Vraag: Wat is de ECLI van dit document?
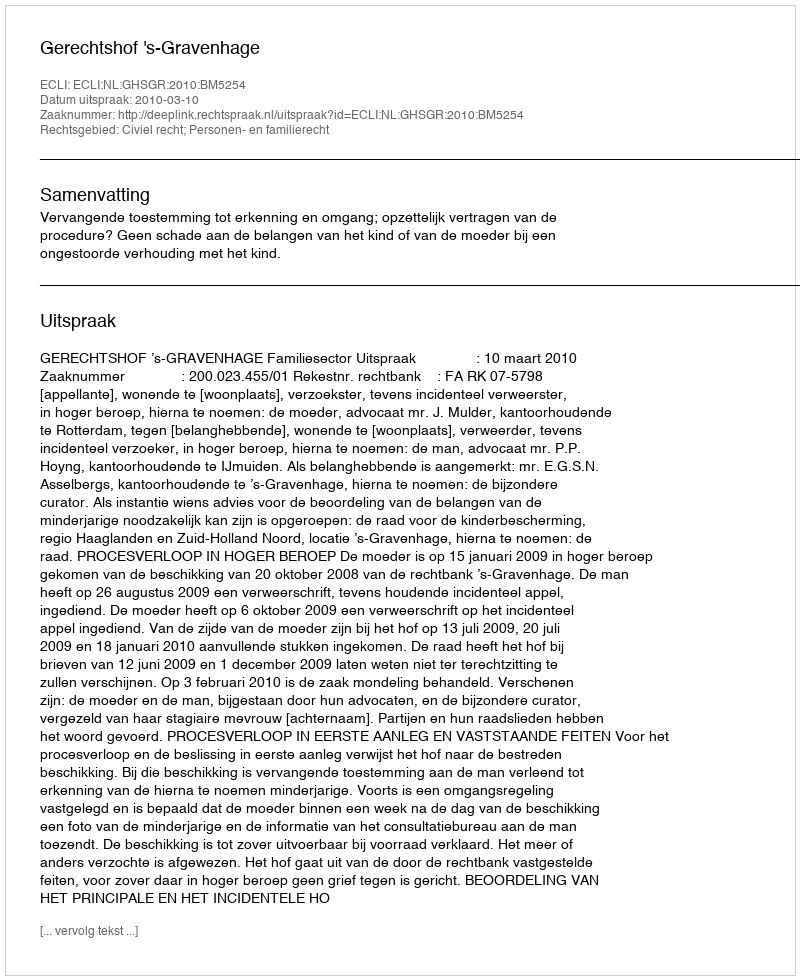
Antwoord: ECLI:NL:GHSGR:2010:BM5254